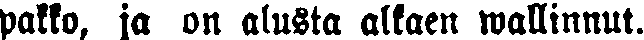
pakko, ja on alusta alkaen wallinnut.